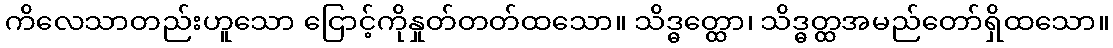
ကိလေသာတည်းဟူသော ငြောင့်ကိုနှုတ်တတ်ထသော။ သိဒ္ဓတ္ထော၊ သိဒ္ဓတ္ထအမည်တော်ရှိထသော။